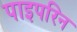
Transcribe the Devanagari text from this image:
पाइपरिन